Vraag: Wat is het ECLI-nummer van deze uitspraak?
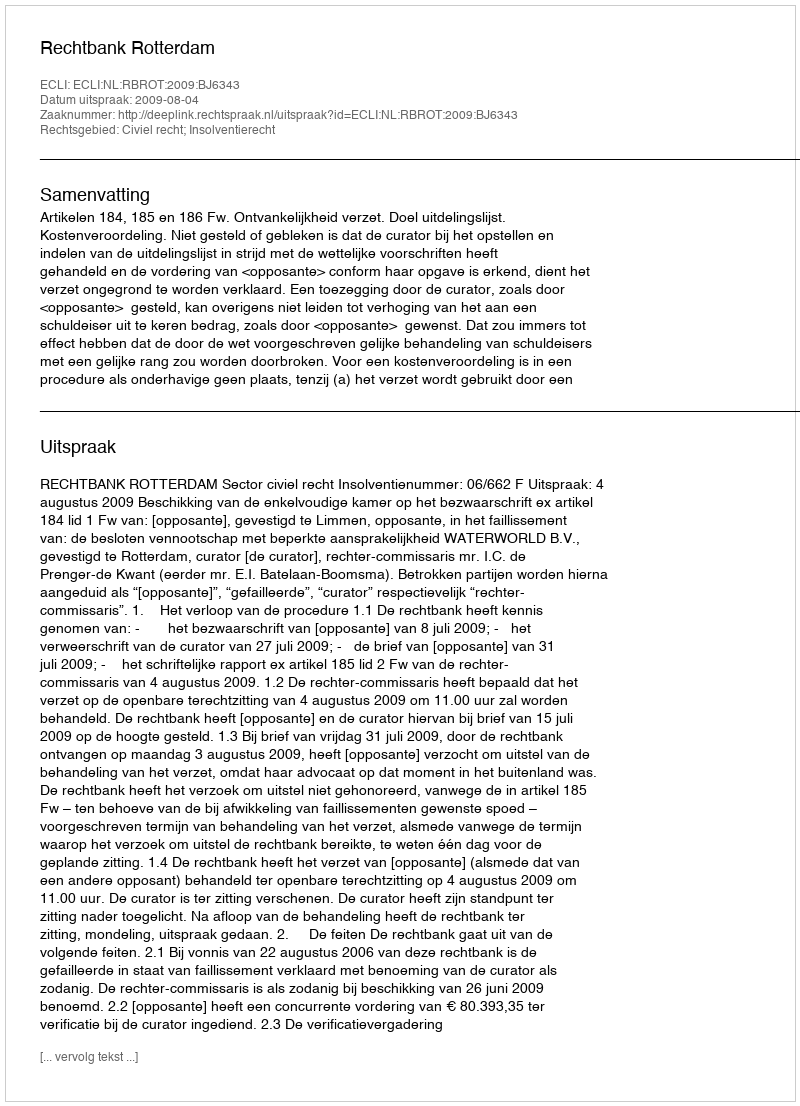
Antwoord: ECLI:NL:RBROT:2009:BJ6343